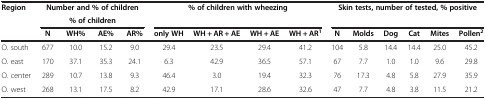
<table><thead><tr><td rowspan="2"><b>Region</b></td><td colspan="4"><b>Number and % of children</b></td><td rowspan="2" colspan="4"><b>% of children with wheezing</b></td><td rowspan="2" colspan="6"><b>Skin tests, number of tested, % positive</b></td></tr><tr><td colspan="4"><b>% of children</b></td></tr><tr><td><b> </b></td><td><b>N</b></td><td><b>WH%</b></td><td><b>AE%</b></td><td><b>AR%</b></td><td><b>only WH</b></td><td><b>WH + AR + AE</b></td><td><b>WH + AE</b></td><td><b>WH + AR<sup>1</sup></b></td><td><b>N</b></td><td><b>Molds</b></td><td><b>Dog</b></td><td><b>Cat</b></td><td><b>Mites</b></td><td><b>Pollen<sup>2</sup></b></td></tr></thead><tbody><tr><td>O. south</td><td>677</td><td>10.0</td><td>15.2</td><td>9.0</td><td>29.4</td><td>23.5</td><td>29.4</td><td>41.2</td><td>104</td><td>5.8</td><td>14.4</td><td>14.4</td><td>25.0</td><td>45.2</td></tr><tr><td>O. east</td><td>170</td><td>37.1</td><td>35.3</td><td>24.1</td><td>6.3</td><td>42.9</td><td>36.5</td><td>57.1</td><td>67</td><td>7.7</td><td>1.0</td><td>1.0</td><td>9.6</td><td>29.8</td></tr><tr><td>O. center</td><td>289</td><td>10.7</td><td>13.8</td><td>9.3</td><td>46.4</td><td>3.0</td><td>19.4</td><td>32.3</td><td>76</td><td>17.3</td><td>4.8</td><td>5.8</td><td>27.9</td><td>35.9</td></tr><tr><td>O. west</td><td>268</td><td>13.1</td><td>17.5</td><td>8.2</td><td>42.9</td><td>17.1</td><td>28.6</td><td>32.6</td><td>47</td><td>7.7</td><td>4.8</td><td>3.8</td><td>11.5</td><td>21.2</td></tr></tbody></table>